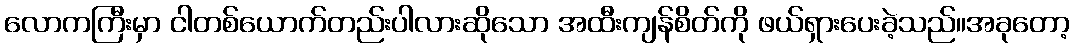
လောကကြီးမှာ ငါတစ်ယောက်တည်းပါလားဆိုသော အထီးကျန်စိတ်ကို ဖယ်ရှားပေးခဲ့သည်။အခုတော့